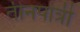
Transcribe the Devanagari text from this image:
तीनपात्री